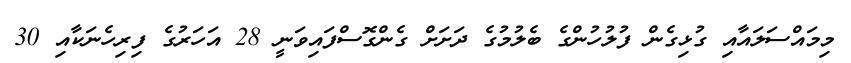
މިމައްސަލައާއި ގުޅިގެން ފުލުހުންގެ ބެލުމުގެ ދަށަށް ގެންގޮސްފައިވަނީ 28 އަހަރުގެ ފިރިހެނަކާއި 30